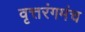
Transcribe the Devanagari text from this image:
वृत्तरंगमंच